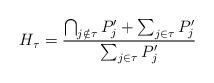
LaTeX: \begin{align*} H_\tau=\frac{\bigcap_{j\notin \tau}P_j'+\sum_{j\in\tau}P_j'}{\sum_{j\in\tau}P_j'} \end{align*}